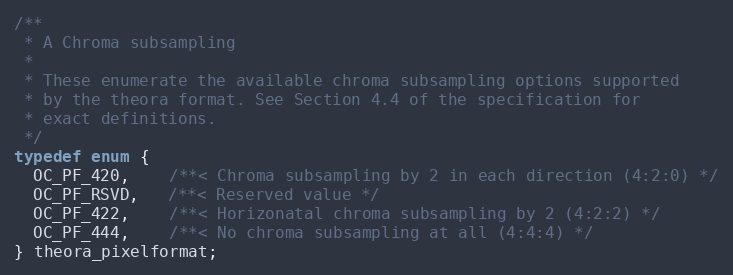
Language: C
/**
 * A Chroma subsampling
 *
 * These enumerate the available chroma subsampling options supported
 * by the theora format. See Section 4.4 of the specification for
 * exact definitions.
 */
typedef enum {
  OC_PF_420,    /**< Chroma subsampling by 2 in each direction (4:2:0) */
  OC_PF_RSVD,   /**< Reserved value */
  OC_PF_422,    /**< Horizonatal chroma subsampling by 2 (4:2:2) */
  OC_PF_444,    /**< No chroma subsampling at all (4:4:4) */
} theora_pixelformat;